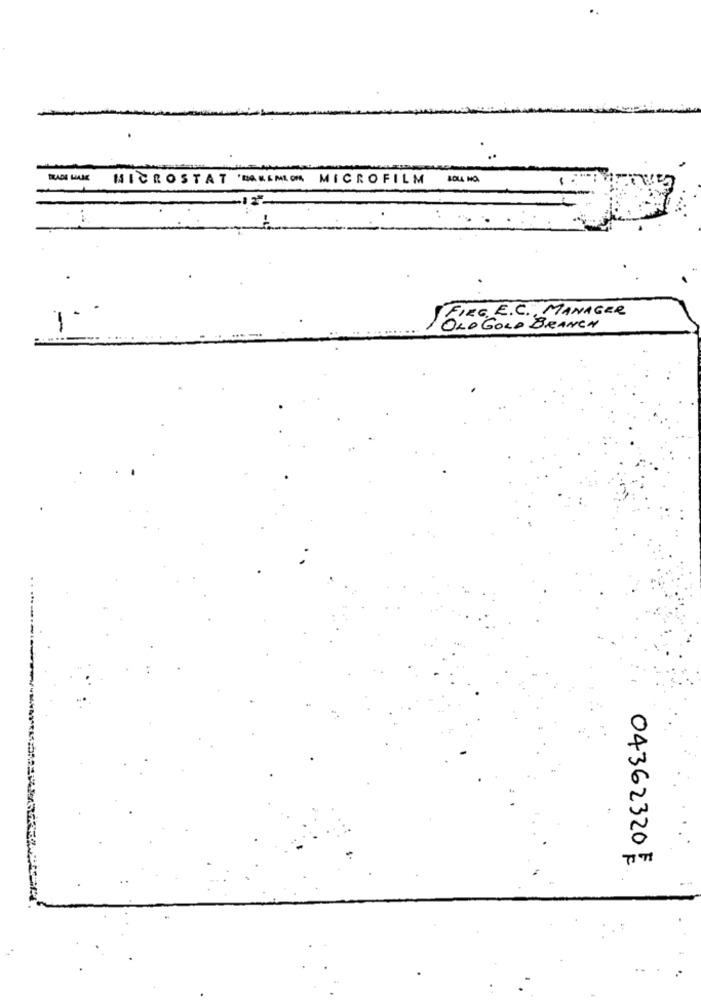
LADE HALE
MICROSTAT 'PAULMOR MICROFILM
FIRE, E.C ., MANAGER
-
OLD GOLD BRANCH
04362320 :